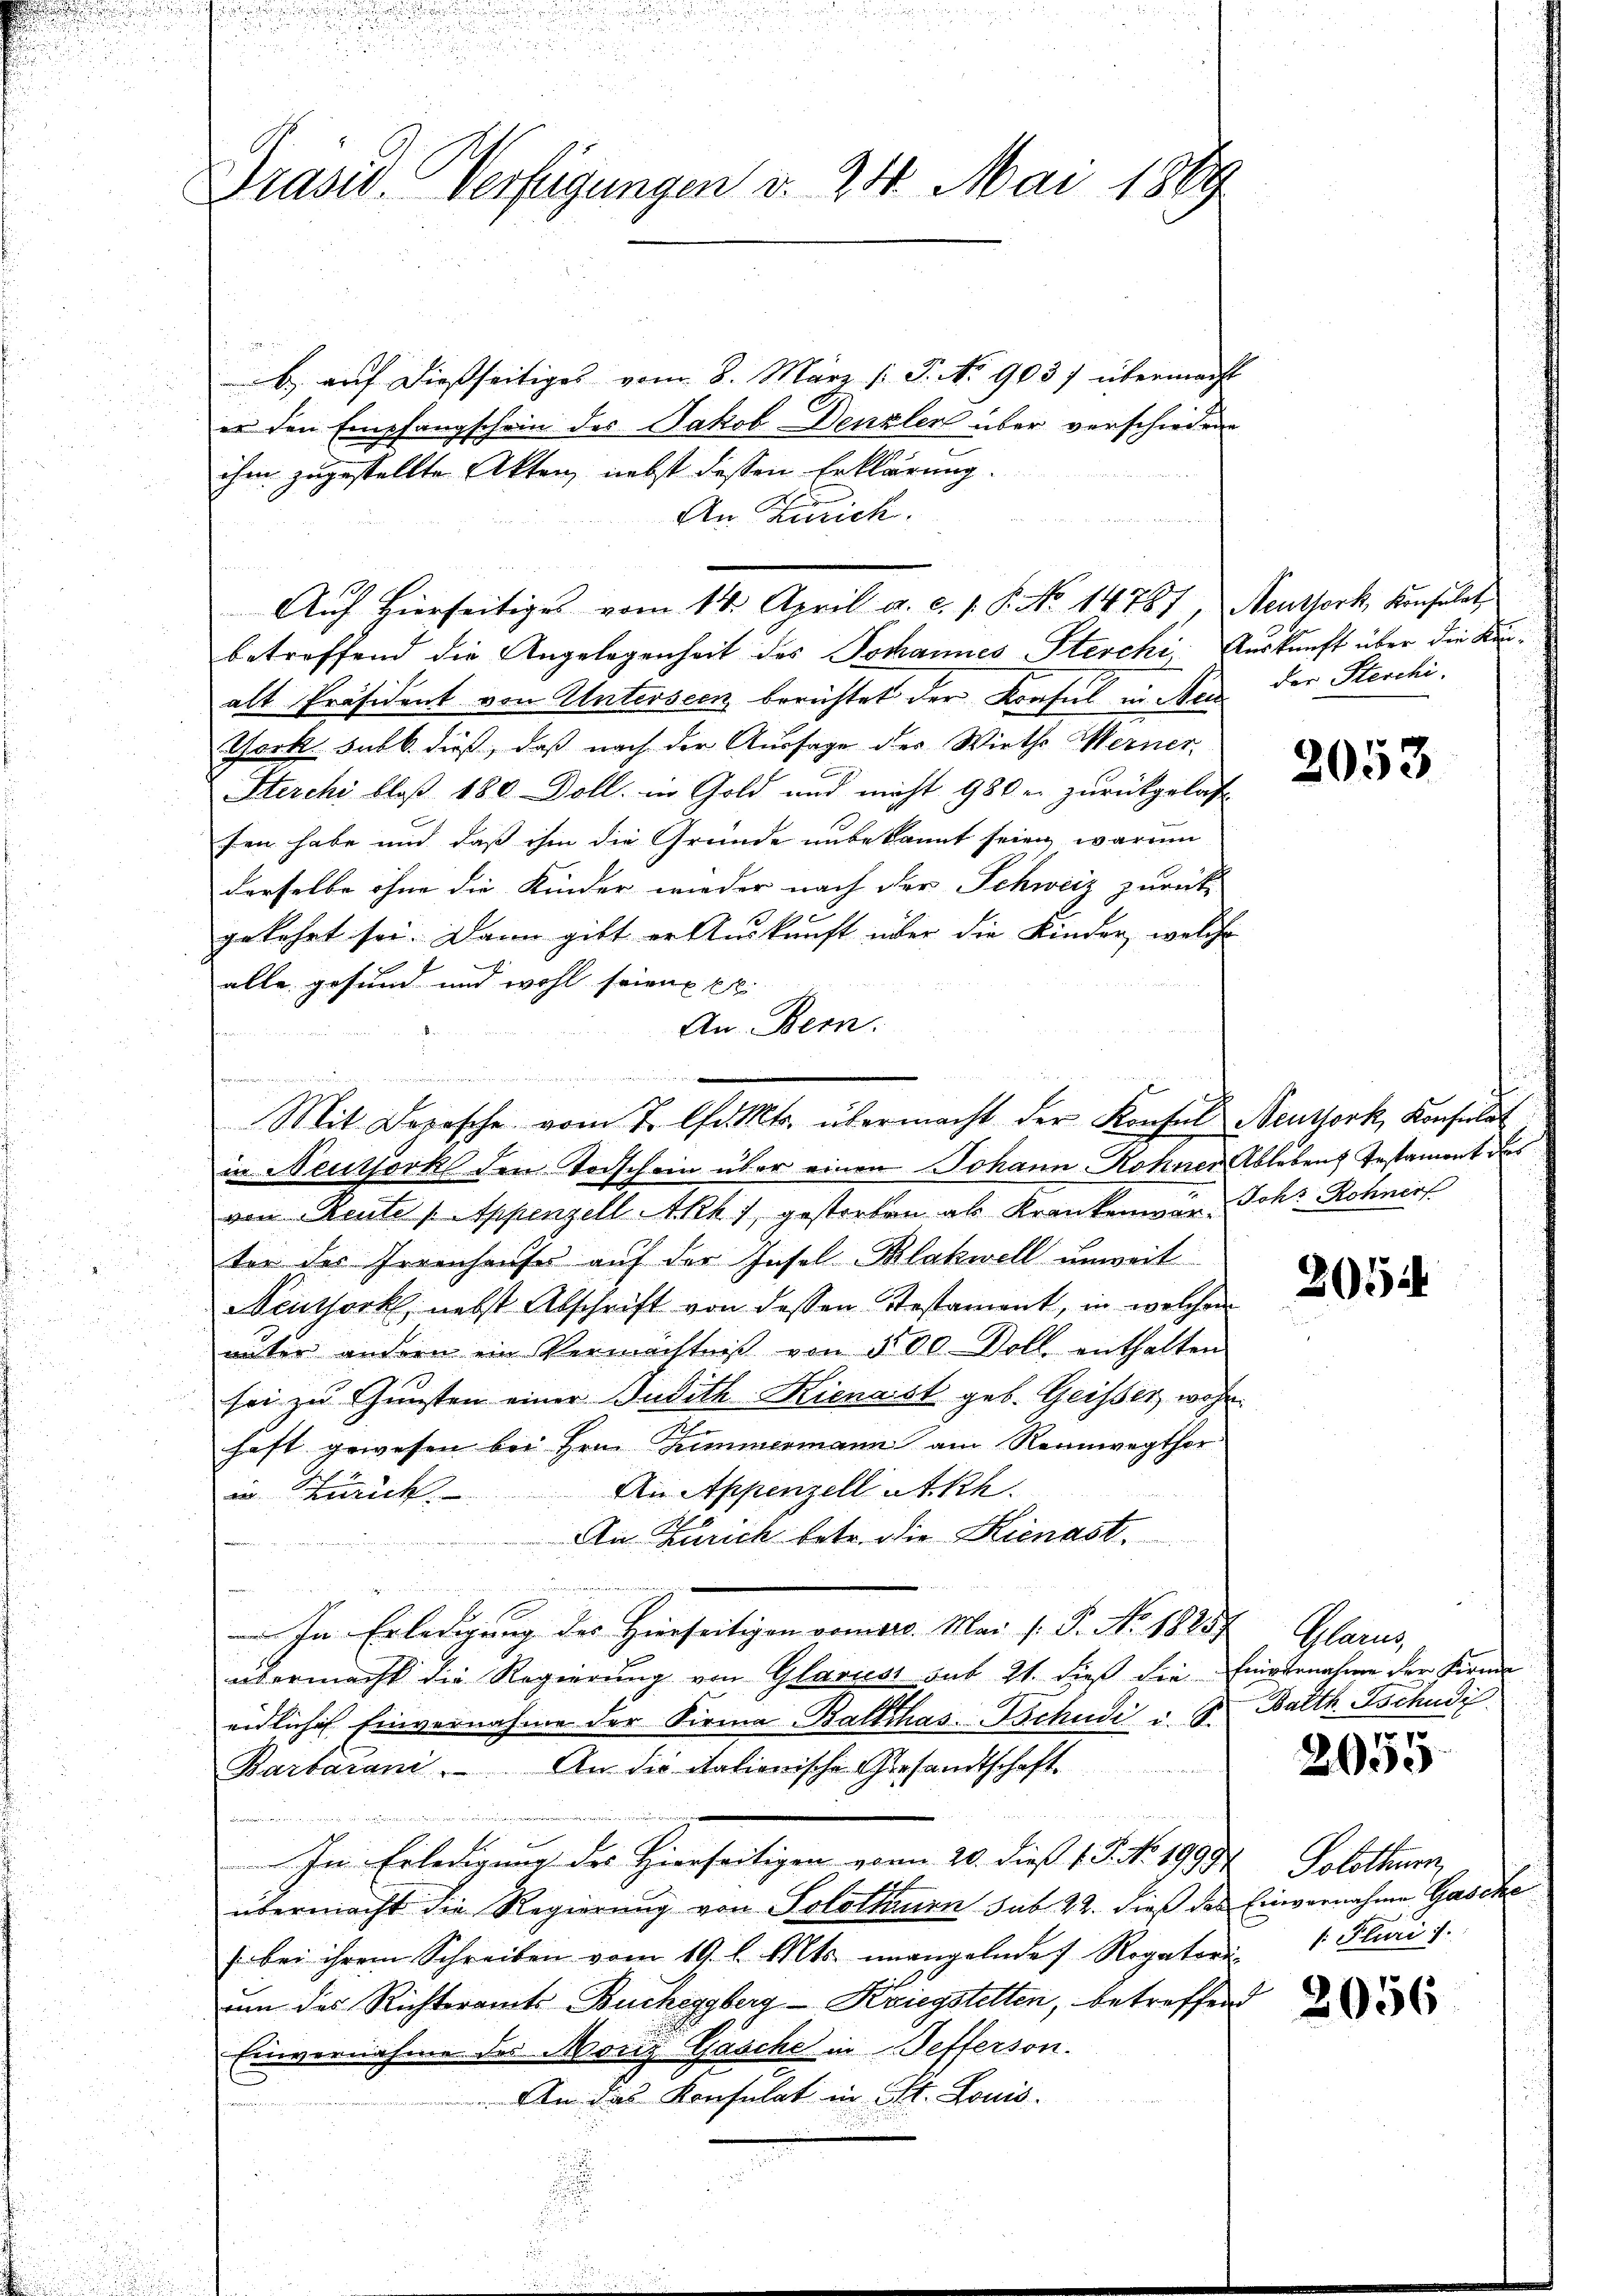
Präsid. Verfügungen v. 24. Mai 1889

b. auf dießseitiges vom 8. März /: P. No 903) übermacht
er den Empfangschein des Jakob Denzler über verschiedene
ihm zugestellte Akten, nebst dessen Erklärung.
An Zürich.
Auf hierseitiges vom 14. April a. c. v. P. No 14787, Neuthork, Konsulat
betreffend die Angelegenheit des Johannes Stecki Auskunft über die Kinalt Präsident von Unterseen berichtet der Konsul in Sei der Sterchi¬
Tork sub b. dieß, daß nach der Aussage des Wirthe Werner,
Sterchi bloß 180 Doll. in Gold und nicht 980 u. zurückgelas
fen habe und daß ihm die Gründe unbekannt seien, warum
derselbe ohne die Kinder wieder nach der Schweiz zurück
gekehrt sei. Dann gibt er Auskunft über die Kinder, welche
alle gesund und wohl seien 1.
An Bern.
u
e
in Neuthorks den Todschein über einen Johann Rohner Ablebens Testament des
von Reute 1. Appenzell Akk ) gestorben als Krankenwar, Joh. Rohner
ter der Irrenhauses auf der Insel-Blakwell unweit
Neuthork, nebst Abschrift von dessen Testament, in welchen
unter andern ein Vermächtnis von 500 Doll enthalten
sei zu Gunsten einer Judith Kienast geb. Geisser wohn
haft gewesen bei Hrn. Zimmermann am Rennwegthor
An Appenzell atkh
in Zürich.
An Zürich betr. die Kienast.
innerung
In Erledigung des Hierseitigen vom 10. Mai l. J. No. 1885. Glarus,
übermacht die Regierung von Glariest sub 21. dieß die Einvernahme der Firme
eidliches Einvernahme der Firma Balthas-Tschudi u. S.
Barbarani. An die italienische Gesandtschaft.
Im Erledigung des Hierseitigen vom 20. dieß 1 Tit. 1993
übermacht die Regierung von Solothurn sub 22. dieß des Einvernahme Gasche
) bei ihrem Schreiben vom 19. l. Mts. unangelnde Rogator 1 Pliari s.
um des Richteramts-Bucheggberg-Kriegstelten, betreffen
Einvernahme des Moriz Gaache in Pefferson.
An das Konsulat in St. Louis

Mit Depesche vom 7. Uhr. Mts. übermacht der Konsul Neusterk, Konsult

2053

2052

Balth. Tschudi

2055

Solothurn,

2056